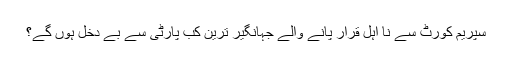
سپریم کورٹ سے نا اہل قرار پانے والے جہانگیر ترین کب پارٹی سے بے دخل ہوں گے؟